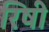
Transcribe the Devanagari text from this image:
रिषी